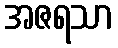
အဇရသာ